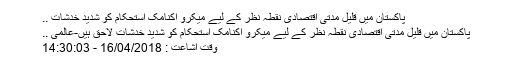
پاکستان میں قلیل مدتی اقتصادی نقطہ نظر کے لیے میکرو اکنامک استحکام کو شدید خدشات ..
پاکستان میں قلیل مدتی اقتصادی نقطہ نظر کے لیے میکرو اکنامک استحکام کو شدید خدشات لاحق ہیں-عالمی ..
وقت اشاعت : 16/04/2018 - 14:30:03